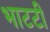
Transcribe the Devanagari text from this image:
भाटटी